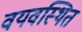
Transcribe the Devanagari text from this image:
वयवस्थित